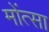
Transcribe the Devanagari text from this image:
मोंत्सा